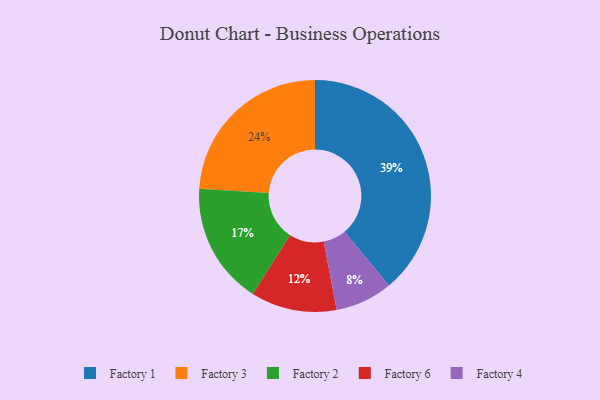
{"axis": {"x": "Category", "y": "Percentage"}, "legend": ["Factory 1", "Factory 2", "Factory 3", "Factory 4", "Factory 6"], "data": [{"x": "Factory 3", "y": 24, "type": "Factory 3"}, {"x": "Factory 6", "y": 12, "type": "Factory 6"}, {"x": "Factory 4", "y": 8, "type": "Factory 4"}, {"x": "Factory 1", "y": 39, "type": "Factory 1"}, {"x": "Factory 2", "y": 17, "type": "Factory 2"}]}